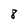
Character: 8